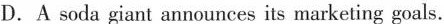
D.A soda giant announces its marketing goals.